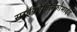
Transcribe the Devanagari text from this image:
साईक्लोफॉस्फोमाईड